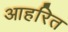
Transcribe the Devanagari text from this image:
आहरित